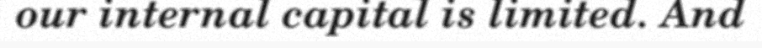
our internal capital is limited. And